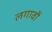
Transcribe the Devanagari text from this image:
लगावों